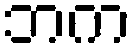
ဘက